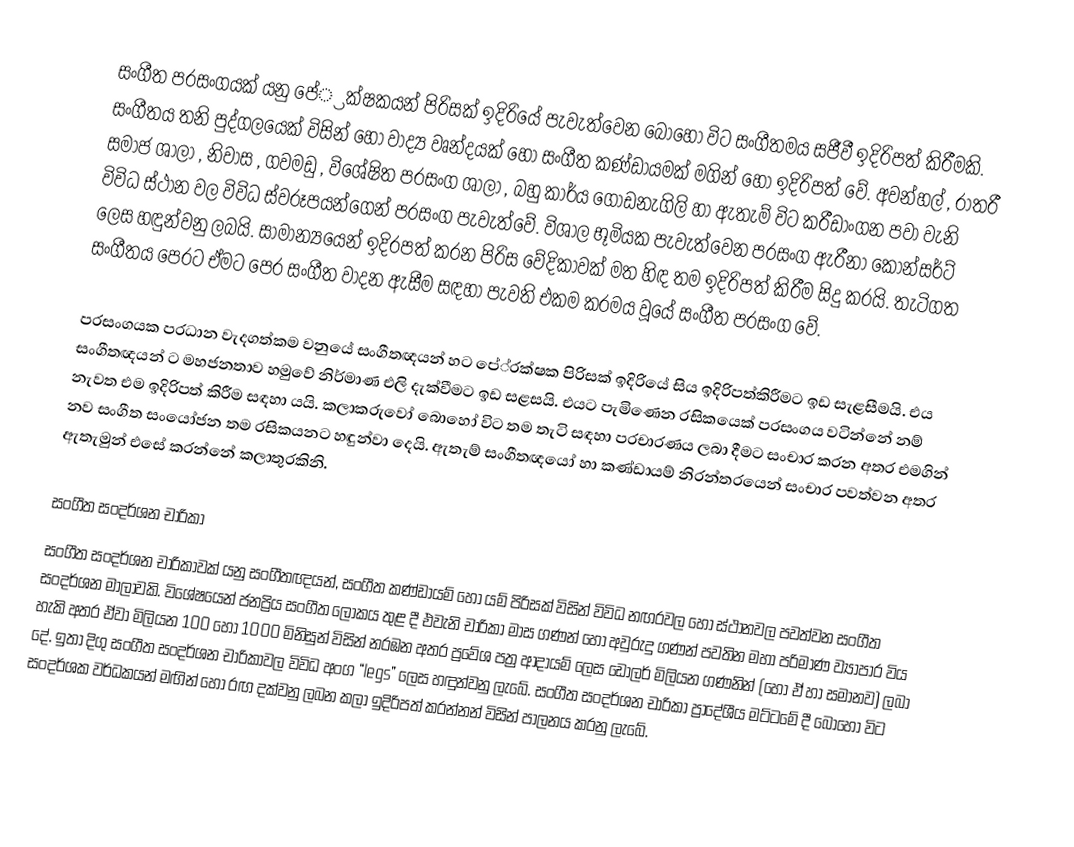
සංගීත ප‍්‍රසංගයක් යනු පේ‍්‍රක්ෂකයන් පිරිසක් ඉදිරියේ පැවැත්වෙන බොහෝ විට සංගීතමය සජීවී ඉදිරිපත් කිරීමකි. සංගීතය තනි පුද්ගලයෙක් විසින් හෝ වාද්‍ය වෘන්දයක් හෝ සංගීත කණ්ඩායමක් මගින් හෝ ඉදිරිපත් වේ. අවන්හල් , රාත‍්‍රී සමාජ ශාලා , නිවාස , ගවමඩු , විශේෂිත ප‍්‍රසංග ශාලා , බහු කාර්ය ගොඩනැගිලි හා ඇතැම් විට ක‍්‍රීඩාංගන පවා වැනි විවිධ ස්ථාන වල විවිධ ස්වරූපයන්ගෙන් ප‍්‍රසංග පැවැත්වේ. විශාල භූමියක පැවැත්වෙන ප‍්‍රසංග ඇරීනා කොන්සර්ට් ලෙස හඳුන්වනු ලබයි. සාමාන්‍යයෙන් ඉදිරපත් කරන පිරිස වේදිකාවක් මත හිඳ තම ඉදිරිපත් කිරීම සිදු කරයි. තැටිගත සංගීතය පෙරට ඒමට පෙර සංගීත වාදන ඇසීම සඳහා පැවති එකම ක‍්‍රමය වූයේ සංගීත ප‍්‍රසංග වේ.

ප‍්‍රසංගයක ප‍්‍රධාන වැදගත්කම වනුයේ සංගීතඥයන් හට පේ‍්‍රක්ෂක පිරිසක් ඉදිරියේ සිය ඉදිරිපත්කිරීමට ඉඩ සැළසීමයි. එය සංගීතඥයන් ට මහජනතාව හමුවේ නිර්මාණ එලි දැක්වීමට ඉඩ සළසයි. එයට පැමිණෙන රසිකයෙක් ප‍්‍රසංගය වටින්නේ නම් නැවත එම ඉදිරිපත් කිරීම සඳහා යයි. කලාකරුවෝ බොහෝ විට තම තැටි සඳහා ප‍්‍රචාරණය ලබා දීමට සංචාර කරන අතර එමගින් නව සංගීත සංයෝජන තම රසිකයනට හඳුන්වා දෙයි. ඇතැම් සංගීතඥයෝ හා කණ්ඩායම් නිරන්තරයෙන් සංචාර පවත්වන අතර ඇතැමුන් එසේ කරන්නේ කලාතුරකිනි.

සංගීත සංදර්ශන චාරිකා
සංගීත සංදර්ශන චාරිකාවක් යනු සංගීතඥයන්, සංගීත කණ්ඩායම් හෝ යම් පිරිසක් විසින් විවිධ නඟරවල හෝ ස්ථානවල පවත්වන සංගීත සංදර්ශන මාලාවකි. විශේෂයෙන් ජනප්‍රිය සංගීත ලෝකය තුළ දී එවැනි චාරිකා මාස ගණන් හෝ අවුරුදු ගණන් පවතින මහා පරිමාණ ව්‍යාපාර විය හැකි අතර ඒවා මිලියන 100 හෝ 1000 මිනිසුන් විසින් නරඹන අතර ප්‍රවේශ පත්‍ර ආදායම් ලෙස ඩොලර් මිලියන ගණනින් (හෝ ඒ හා සමානව) ලබා දේ. ඉතා දිගු සංගීත සංදර්ශන චාරිකාවල විවිධ අංග “legs”  ලෙස හඳුන්වනු ලැබේ. සංගීත සංදර්ශන චාරිකා ප්‍රාදේශීය මට්ටමේ දී බොහෝ විට සංදර්ශක වර්ධකයන් මඟින් හෝ රඟ දක්වනු ලබන කලා ඉදිරිපත් කරන්නන් විසින් පාලනය කරනු ලැබේ.